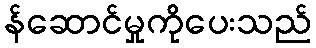
န်ဆောင်မှုကိုပေးသည်